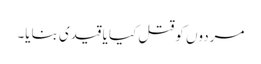
مردوں کو قتل کیا یا قیدی بنایا۔